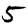
Digit: 5